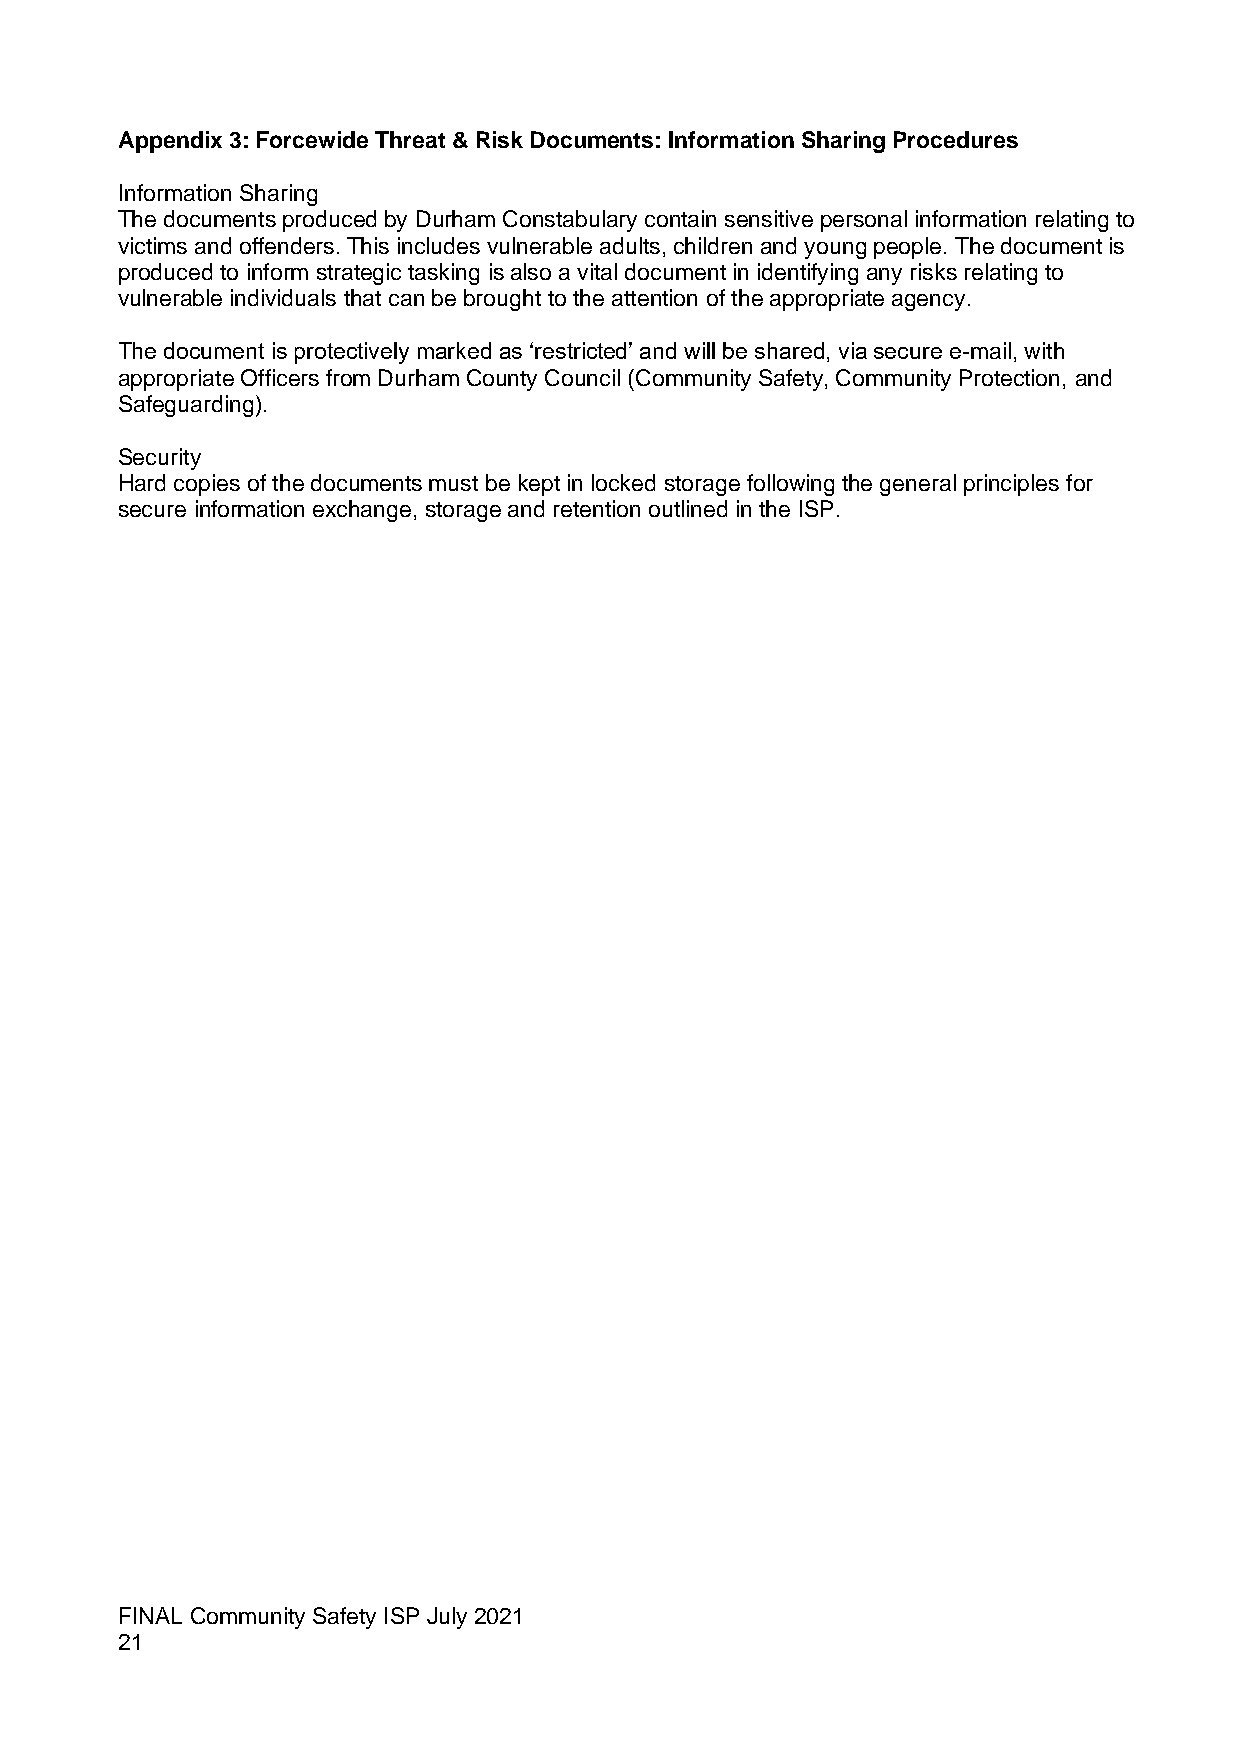
Appendix 3: Forcewide Threat & Risk Documents: Information Sharing Procedures
 Information Sharing
 The documents produced by Durham Constabulary contain sensitive personal information relating to
 victims and offenders. This includes vulnerable adults, children and young people. The document is
 produced to inform strategic tasking is also a vital document in identifying any risks relating to
 vulnerable individuals that can be brought to the attention of the appropriate agency.
 The document is protectively marked as ‘restricted’ and will be shared, via secure e-mail, with
 appropriate Officers from Durham County Council (Community Safety, Community Protection, and
 Safeguarding).
 Security
 Hard copies of the documents must be kept in locked storage following the general principles for
 secure information exchange, storage and retention outlined in the ISP.
 FINAL Community Safety ISP July 2021
 21